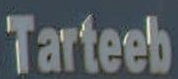
Tarteeb